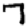
Digit: 7